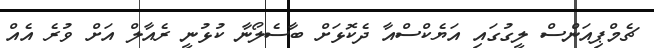
ޗެމްޕިއަންސް ލީގުގައި އަޔެކްސްއާ ދެކޮޅަށް ބާސެލޯނާ ކުޅުނީ ރެއާލް އަށް ވުރެ އެއް